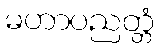
မဟာပညတ္တံ